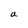
Character: a